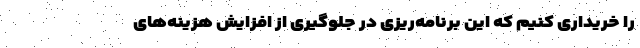
را خریداری کنیم که این برنامه‌ریزی در جلوگیری از افزایش هزینه‌های